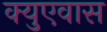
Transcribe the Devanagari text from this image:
क्युएवास